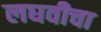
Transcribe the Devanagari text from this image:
लघवीचा